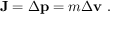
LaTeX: \mathbf { J } = \Delta \mathbf { p } = m \Delta \mathbf { v } ~ .